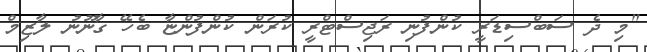
"މި ދެ ސަބްސިޑަރީ ކުންފުނި ރަޖިސްޓްރީ ކުރަން ކުންފުންޏާ ބެހޭ ގާނޫނު ލާޒިމް